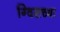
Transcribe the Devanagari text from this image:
ग्विसच्या